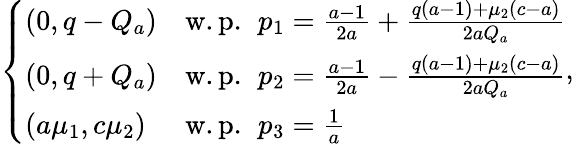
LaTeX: \left\{ \begin{array}{ll}{(0,q-Q_{a})}&{\mathrm{w.p.~}\, p_{1}=\frac{a-1}{2a}+\frac{q(a-1)+\mu_{2}(c-a)}{2aQ_{a}}}\\ {(0,q+Q_{a})}&{\mathrm{w.p.~}\, p_{2}=\frac{a-1}{2a}-\frac{q(a-1)+\mu_{2}(c-a)}{2aQ_{a}}}\\ {(a\mu_{1},c\mu_{2})}&{\mathrm{w.p.~}\, p_{3}=\frac{1}{a}}\end{array}\right.,